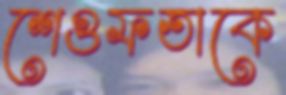
শেগুফতাকে